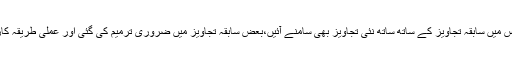
آخری نشست اس پوری ورکشاپ کا نچوڑ تھی جس میں سابقہ تجاویز کے ساتھ ساتھ نئی تجاویز بھی سامنے آئیں،بعض سابقہ تجاویز میں ضروری ترمیم کی گئی اور عملی طریقہ کار سے متعلق درج ذیل امور اتفاق سے طے پائے۔